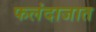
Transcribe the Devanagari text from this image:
फलंदाजात